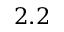
2 . 2